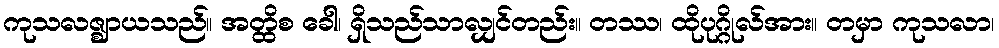
ကုသလဇ္ဈာယသည်။ အတ္ထိစ ခေါ၊ ရှိသည်သာလျှင်တည်း။ တဿ၊ ထိုပုဂ္ဂိုလ်အား။ တမှာ ကုသလာ၊